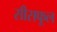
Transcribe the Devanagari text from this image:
सीसफूल